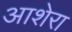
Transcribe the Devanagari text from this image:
आशेरा